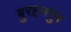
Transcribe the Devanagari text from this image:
बुरहनपुर